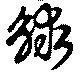
觩